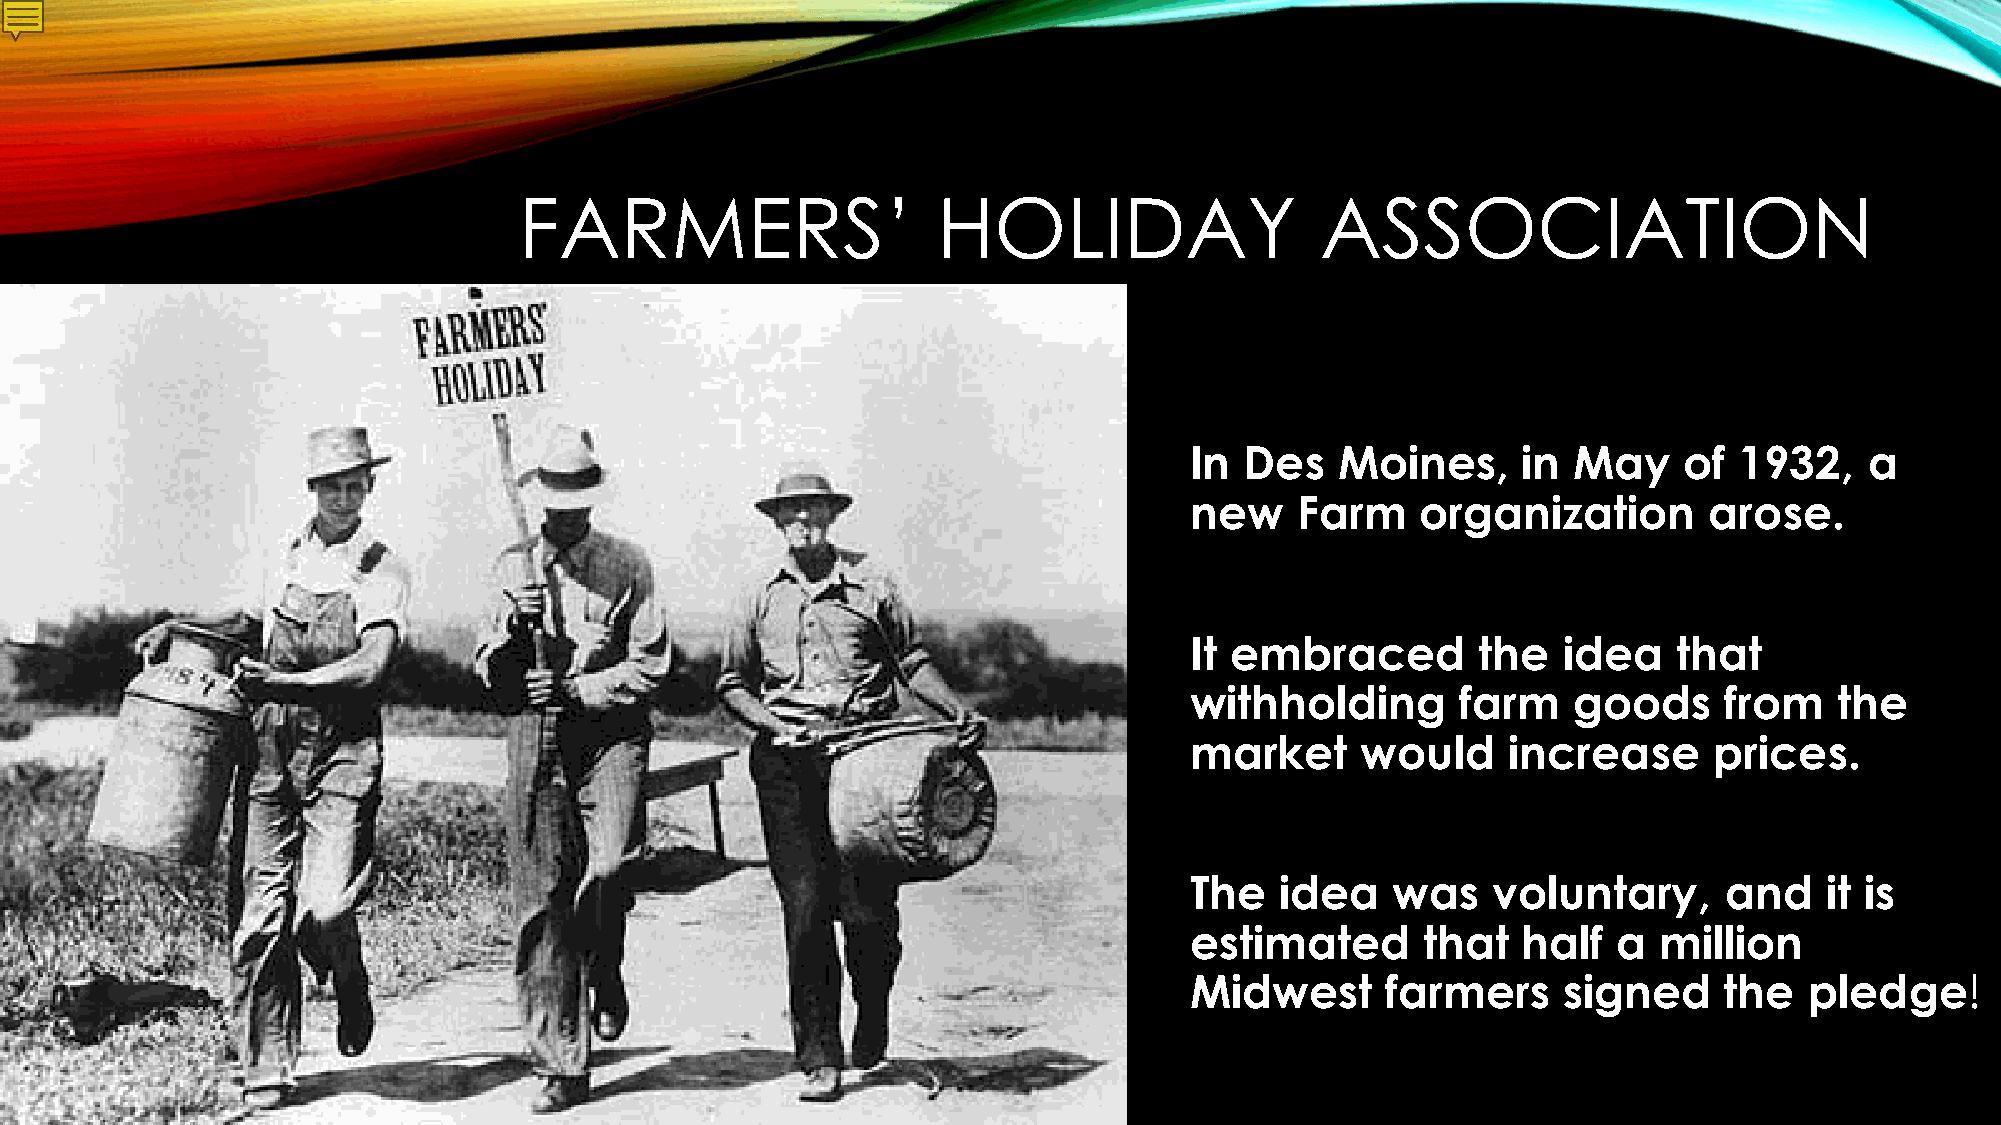
FARMERS’                    HOLIDAY                  ASSOCIATION
 In Des    Moines,     in May    of  1932,    a
 new    Farm    organization       arose.
 It embraced        the  idea    that
 withholding       farm   goods     from    the
 market     would     increase     prices.
 The   idea   was    voluntary,     and    it is
 estimated      that   half  a  million
 Midwest      farmers    signed     the   pledge!